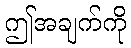
ဤအချက်ကို